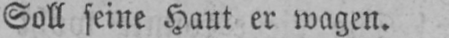
Soll seine Haut er wagen.